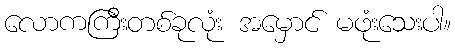
လောကကြီးတစ်ခုလုံး အမှောင် မဖုံးသေးပါ။